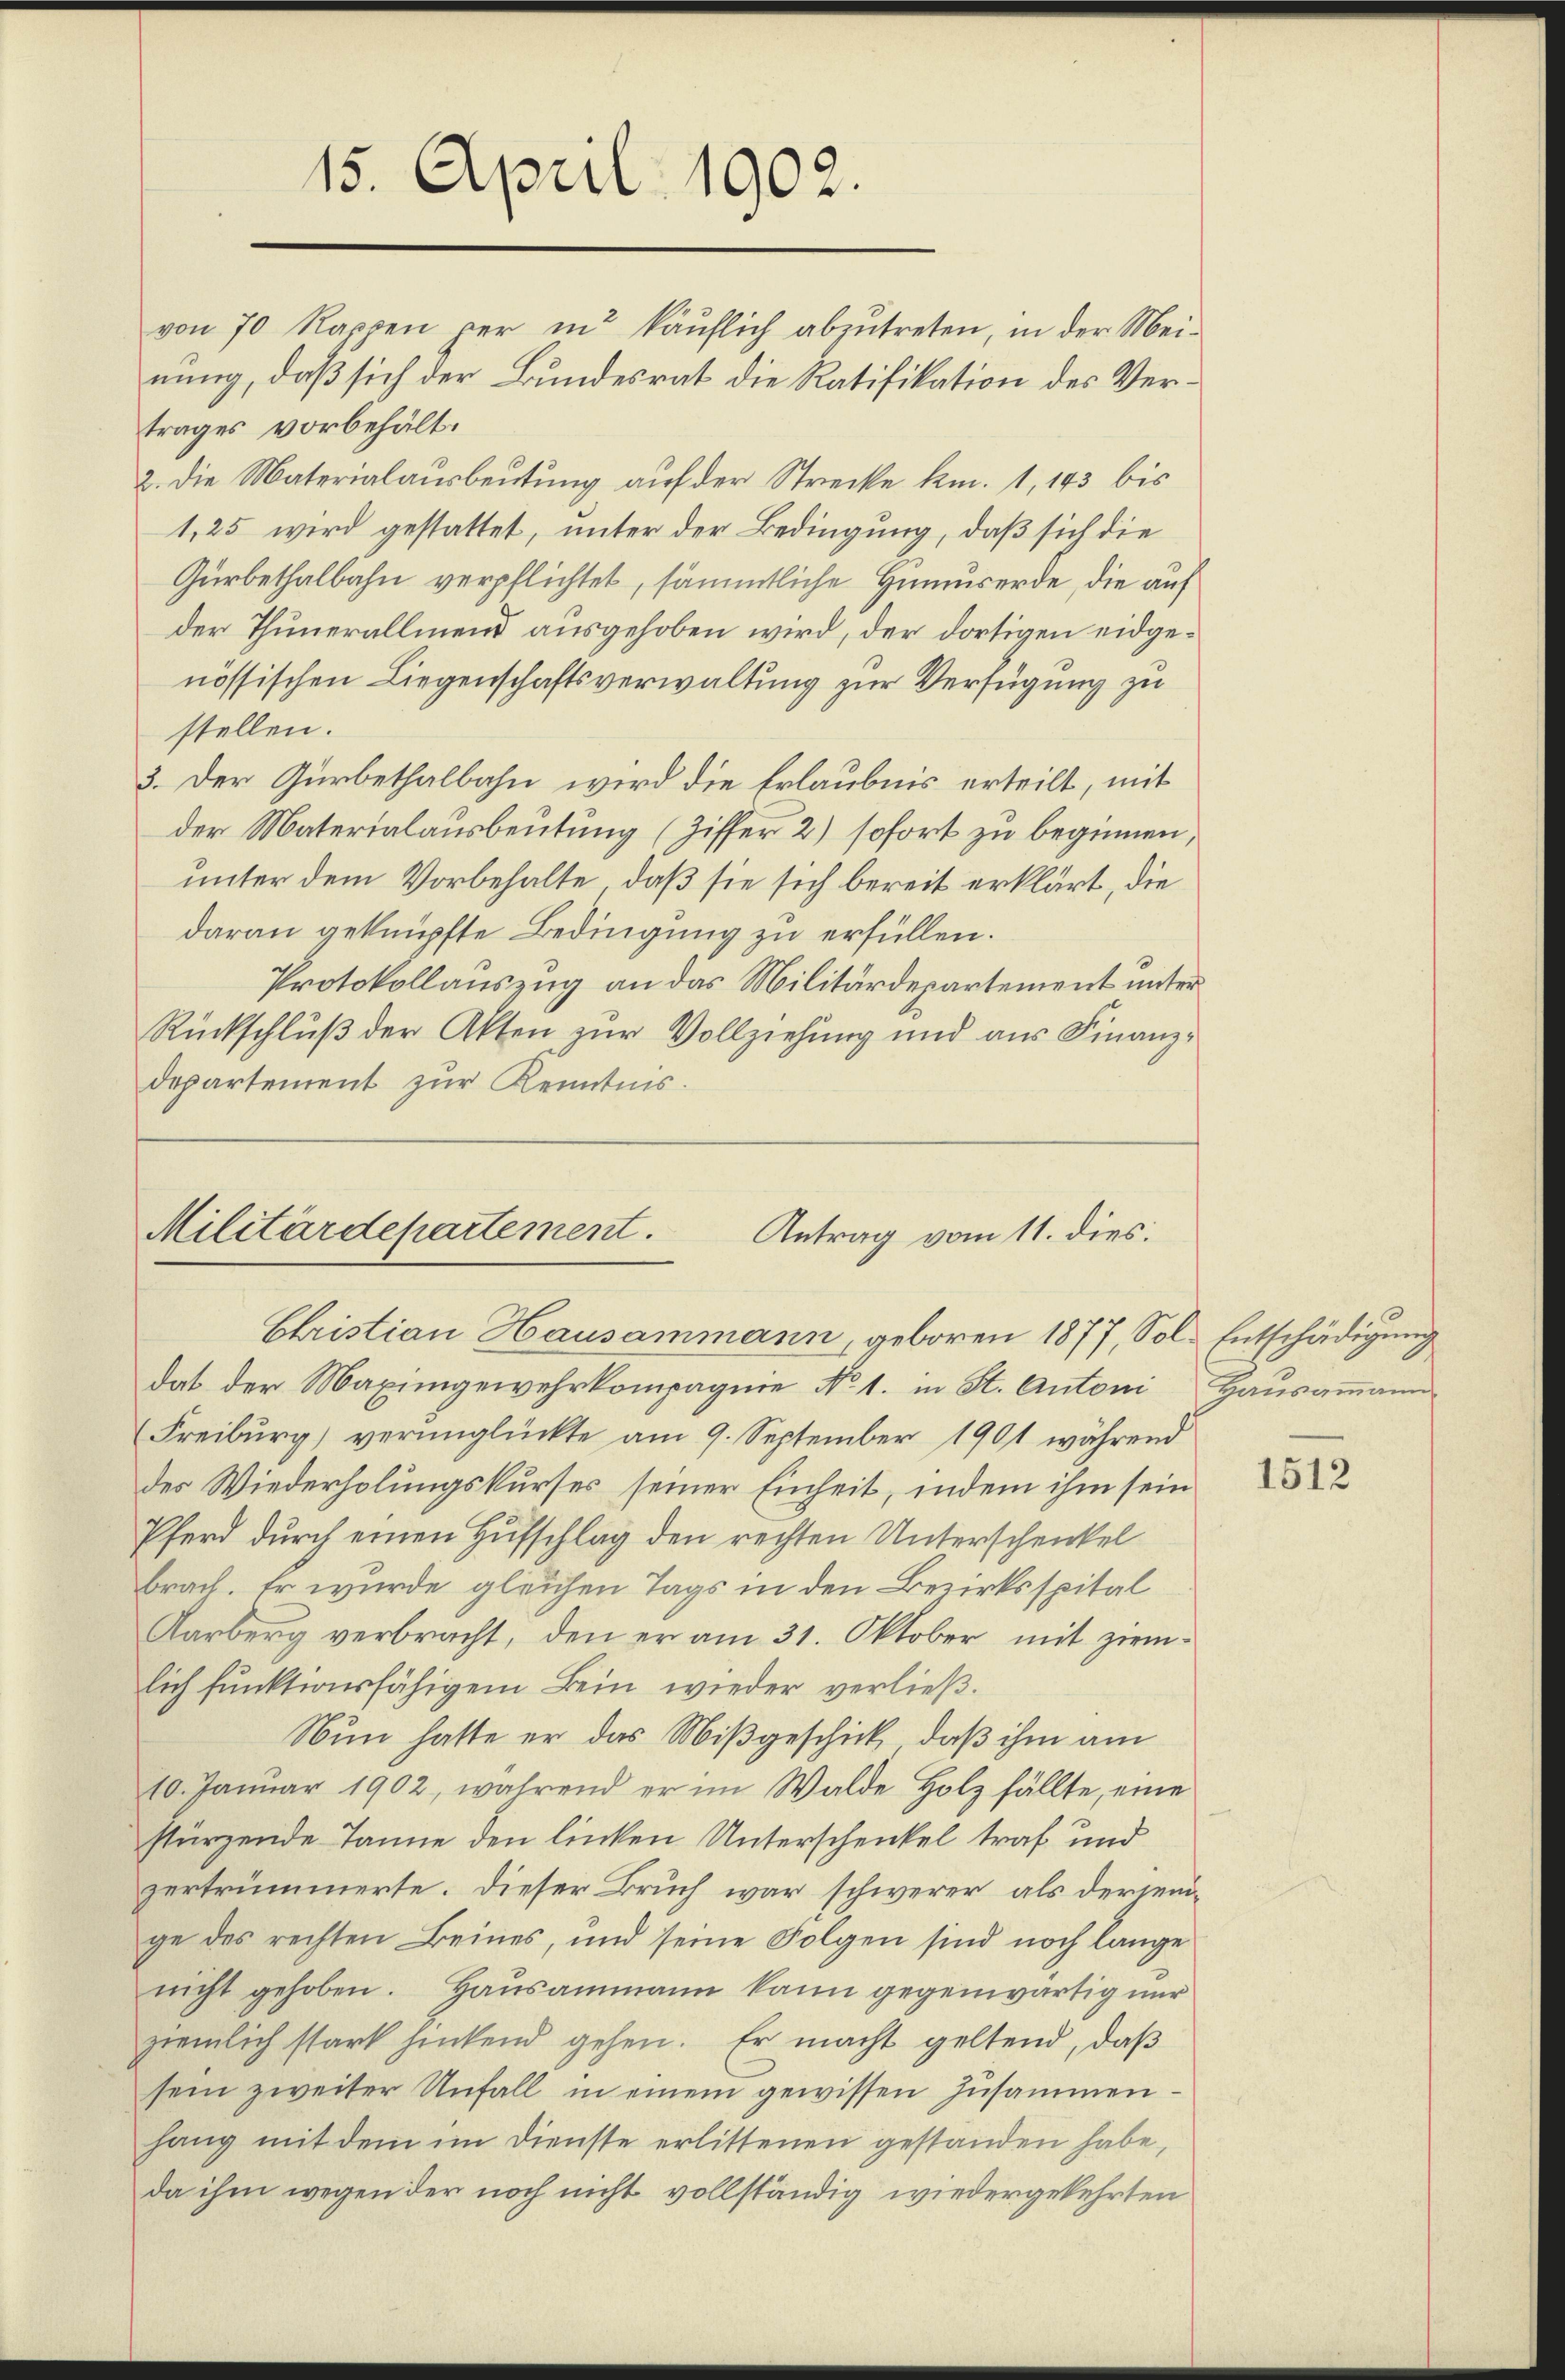
15. April 1902.

von 70 Rappen per in käuflich abzutreten, in der Meinung, daß sich der Bundesrat die Ratifikation des Vertrages vorbehält.
2. Die Materialausbeutung auf der Strecke km. 1, 143 bis
1,25 wird gestattet, unter der Bedingung, daß sich die
Gürbethalbahn verpflichtet, sämmtliche Hemuserde, die auf
der Thunerallmend ausgehoben wird, der dortigen eidgenössischen Liegenschaftsverwaltung zur Verfügung zu
stellen.
3. Der Gürbethalbahn wird die Erlaubnis erteilt, mit
der Materialausbeutung (Ziffer 2) sofort zu beginnen,
unter dem Vorbehalte, daß sie sich bereit erklärt, die
daran geknüpfte Bedingung zu erfüllen.
Protokollauszug an das Militärdepartement unter
Rückschluß der Akten zur Vollziehung und aus Finanzdepartement zur Kenntnis.

Militärdepartement.
Antrag vom 11. dies
Christian Hausammann, geboren 1877, Sol. Entschädigung

das der Maximgewehrkompagnie No 1. in St. Antoni Hausammann
Freiburg verunglückte am 9. September 1901 während
des Wiederholungskurses seiner Einheit, indem ihm sein
Pferd durch einen Hufschlag den rechten Unterschenkel
brach. Er wurde gleichen Tags in den Bezirksspital
Karberg verbracht, den er am 31. Oktober mit ziem-
lich funktionsfähigem Bein wieder verließ.
Nun hatte er das Mißgeschick, daß ihm am
10. Januar 1902, während er im Walde Holz fällte, eine
stürzende Tanne den linken Unterschenkel traf und
zertrümmerte. Dieser Bruch war schwerer, als derjenige des rechten Beines, und seine Folgen sind noch lange
nicht gehoben. Hausammann kann gegenwärtig nur
ziemlich stark hintend gehen. Er macht geltend, daß
sein zweiter Unfall in einem gewissen Zusammenhang mit dem im Dienste erlittenen gestanden habe,
da ihm wegen der noch nicht vollständig wiedergekehrten

1512